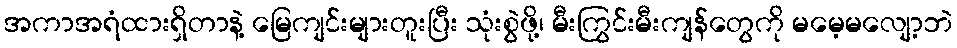
အကာအရံထားရှိတာနဲ့ မြေကျင်းများတူးပြီး သုံးစွဲဖို့၊ မီးကြွင်းမီးကျန်တွေကို မမေ့မလျော့ဘဲ